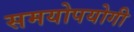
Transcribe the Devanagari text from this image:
समयोपयोगी